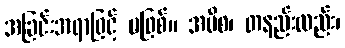
အခြင်းအရာဖြင့် မဖြစ်။ အပိစ၊ တနည်းလည်း၊